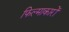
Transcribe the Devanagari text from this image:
फिल्माकारों